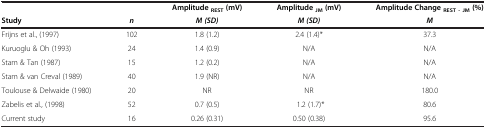
<table><thead><tr><td colspan="2"><b> </b></td><td><b>Amplitude <sub>REST</sub>(mV)</b></td><td><b>Amplitude <sub>JM</sub>(mV)</b></td><td><b>Amplitude Change <sub>REST - JM</sub>(%)</b></td></tr><tr><td><b>Study</b></td><td><b><i>n</i></b></td><td><b><i>M (SD)</i></b></td><td><b><i>M (SD)</i></b></td><td><b><i>M</i></b></td></tr></thead><tbody><tr><td>Frijns et al., (1997)</td><td>102</td><td>1.8 (1.2)</td><td>2.4 (1.4)*</td><td>37.3</td></tr><tr><td>Kuruoglu &amp; Oh (1993)</td><td>24</td><td>1.4 (0.9)</td><td>N/A</td><td>N/A</td></tr><tr><td>Stam &amp; Tan (1987)</td><td>15</td><td>1.2 (0.2)</td><td>N/A</td><td>N/A</td></tr><tr><td>Stam &amp; van Creval (1989)</td><td>40</td><td>1.9 (NR)</td><td>N/A</td><td>N/A</td></tr><tr><td>Toulouse &amp; Delwaide (1980)</td><td>20</td><td>NR</td><td>NR</td><td>180.0</td></tr><tr><td>Zabelis et al., (1998)</td><td>52</td><td>0.7 (0.5)</td><td>1.2 (1.7)*</td><td>80.6</td></tr><tr><td>Current study</td><td>16</td><td>0.26 (0.31)</td><td>0.50 (0.38)</td><td>95.6</td></tr></tbody></table>